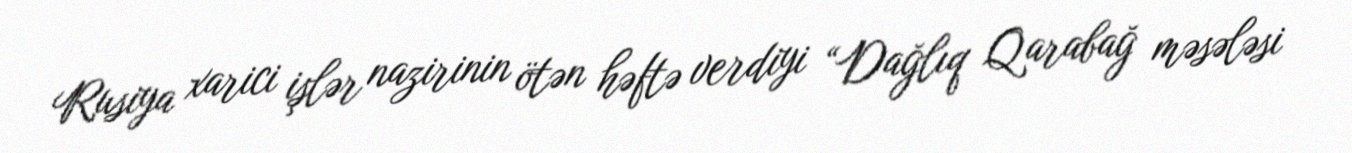
Rusiya xarici işlər nazirinin ötən həftə verdiyi “Dağlıq Qarabağ məsələsi